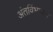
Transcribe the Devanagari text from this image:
अंतर्विभाजन